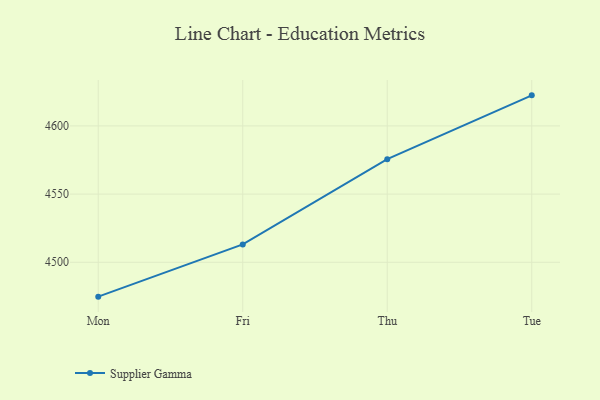
{"axis": {"x": "Day", "y": "Backlog"}, "legend": ["Supplier Gamma"], "data": [{"x": "Mon", "y": 4474.8, "type": "Supplier Gamma"}, {"x": "Fri", "y": 4513.1, "type": "Supplier Gamma"}, {"x": "Thu", "y": 4575.6, "type": "Supplier Gamma"}, {"x": "Tue", "y": 4622.4, "type": "Supplier Gamma"}]}